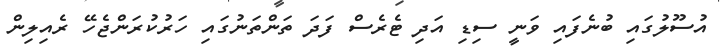
އުސޫލުގައި ބުނެފައި ވަނީ ސިޑި އަދި ޓެރެސް ފަދަ ތަންތަނުގައި ހަރުކުރަންޖެހޭ ރެއިލިން